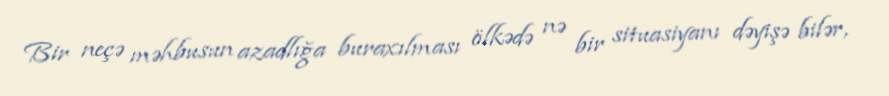
Bir neçə məhbusun azadlığa buraxılması ölkədə nə bir situasiyanı dəyişə bilər,